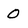
Character: O